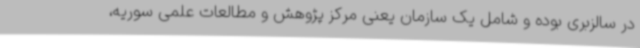
در سالزبری بوده و شامل یک سازمان یعنی مرکز پژوهش و مطالعات علمی سوریه،